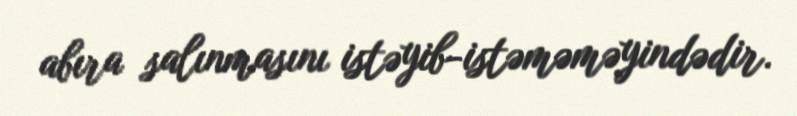
abıra salınmasını istəyib-istəməməyindədir.